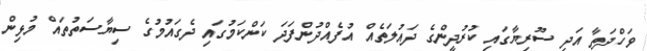
ވަހްދަތާ އަދި ސޫރިޔާގައި ކުރުދީންގެ ދައުލަތެއް އުފެއްދުންފަދަ ކަންކަމުގައި ދެގައުމުގެ ސިޔާސަތުތައް މުޅިން